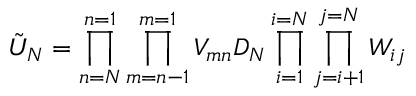
\tilde { U } _ { N } = \prod _ { n = N } ^ { n = 1 } \prod _ { m = n - 1 } ^ { m = 1 } V _ { m n } D _ { N } \prod _ { i = 1 } ^ { i = N } \prod _ { j = i + 1 } ^ { j = N } W _ { i j }